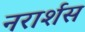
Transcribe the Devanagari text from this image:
नरार्शस